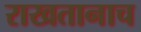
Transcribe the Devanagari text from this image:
राखतानाच